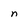
Character: n